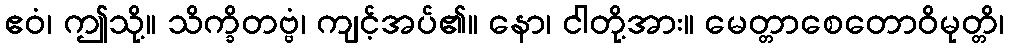
ဧဝံ၊ ဤသို့။ သိက္ခိတဗ္ဗံ၊ ကျင့်အပ်၏။ နော၊ ငါတို့အား။ မေတ္တာစေတောဝိမုတ္တိ၊